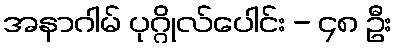
အနာဂါမ် ပုဂ္ဂိုလ်ပေါင်း - ၄၈ ဦး